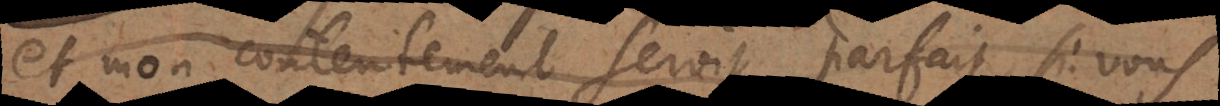
et mon contentement seroit parfait, si vous